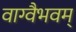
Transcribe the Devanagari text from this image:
वाग्वैभवम्